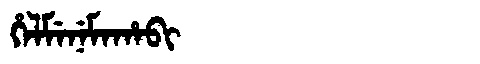
Manchu: ᡥᡝᠯᠮᡝᠨᡝᠮᠠᡥᠠᠪᡳ
Romanization: HELMENEMAHABI